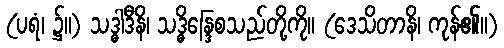
(ပရံ၊ ၌။) သဒ္ဓါဒီနိ၊ သဒ္ဓိန္ဒြေစသည်တို့ကို။ (ဒေသိတာနိ၊ ကုန်၏။)